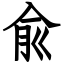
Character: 兪